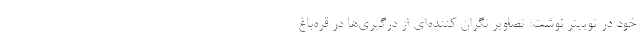
خود در توییتر نوشت: تصاویر نگران کننده‌ای از درگیری‌ها در قره‌باغ